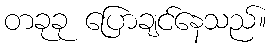
တခုခု ပြောချင်နေသည်။